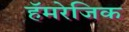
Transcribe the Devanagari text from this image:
हॅमरेजिक